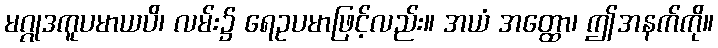
မဂ္ဂုဒကူပမာယပိ၊ လမ်း၌ ရေဥပမာဖြင့်လည်း။ အယံ အတ္ထော၊ ဤအနက်ကို။